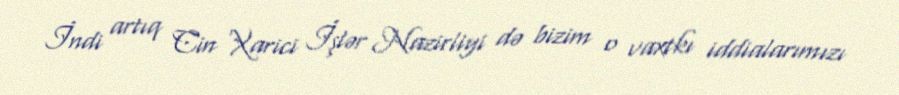
İndi artıq Cin Xarici İşlər Nazirliyi də bizim o vaxtkı iddialarımızı